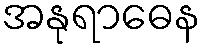
အနုရာဓေန